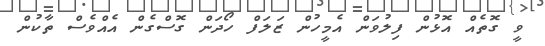
ވީ ގޮތެއް އޮޅުން ފިލުވަން އެމީހުން ޒަަލަފް ހޯދަން ގޮސްގެން އެއްވެސް ތާކުން